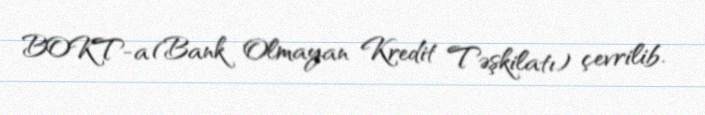
BOKT-a (Bank Olmayan Kredit Təşkilatı) çevrilib.